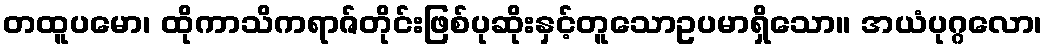
တထူပမော၊ ထိုကာသိကရာဇ်တိုင်းဖြစ်ပုဆိုးနှင့်တူသောဥပမာရှိသော။ အယံပုဂ္ဂလော၊